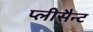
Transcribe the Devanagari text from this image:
प्लीसैन्ट